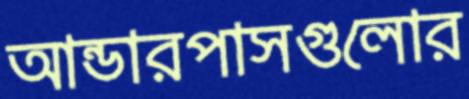
আন্ডারপাসগুলোর